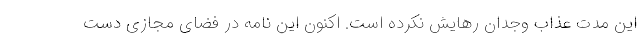
این مدت عذاب وجدان رهایش نکرده است. اکنون این نامه در فضای مجازی دست